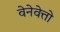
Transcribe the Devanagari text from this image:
वेनेवेत्तो